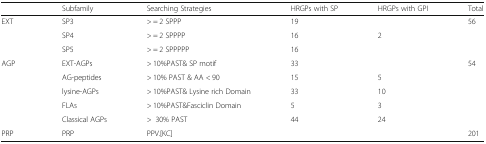
<table><thead><tr><td>[EMPTY_CELL]</td><td><b>Subfamily</b></td><td><b>Searching Strategies</b></td><td><b>HRGPs with SP</b></td><td><b>HRGPs with GPI</b></td><td><b>Total</b></td></tr></thead><tbody><tr><td rowspan="3">EXT</td><td>SP3</td><td>&gt; = 2 SPPP</td><td>19</td><td>[EMPTY_CELL]</td><td>56</td></tr><tr><td>SP4</td><td>&gt; = 2 SPPPP</td><td>16</td><td>2</td><td>[EMPTY_CELL]</td></tr><tr><td>SP5</td><td>&gt; = 2 SPPPPP</td><td>16</td><td>[EMPTY_CELL]</td><td>[EMPTY_CELL]</td></tr><tr><td rowspan="5">AGP</td><td>EXT-AGPs</td><td>&gt; 10%PAST&amp; SP motif</td><td>33</td><td>[EMPTY_CELL]</td><td>54</td></tr><tr><td>AG-peptides</td><td>&gt; 10% PAST &amp; AA &lt; 90</td><td>15</td><td>5</td><td>[EMPTY_CELL]</td></tr><tr><td>lysine-AGPs</td><td>&gt; 10%PAST&amp; Lysine rich Domain</td><td>33</td><td>10</td><td>[EMPTY_CELL]</td></tr><tr><td>FLAs</td><td>&gt; 10%PAST&amp;Fasciclin Domain</td><td>5</td><td>3</td><td>[EMPTY_CELL]</td></tr><tr><td>Classical AGPs</td><td>&gt;30% PAST</td><td>44</td><td>24</td><td>[EMPTY_CELL]</td></tr><tr><td>PRP</td><td>PRP</td><td>PPV.[KC]</td><td>[EMPTY_CELL]</td><td>[EMPTY_CELL]</td><td>201</td></tr></tbody></table>